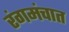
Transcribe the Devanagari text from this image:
रंगमंचात